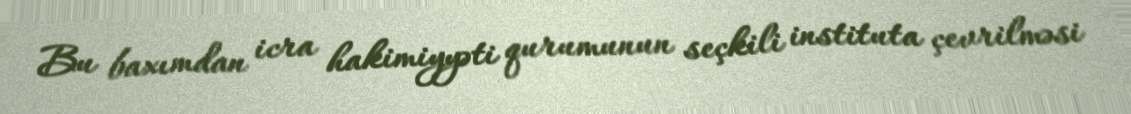
Bu baxımdan icra hakimiyyəti qurumunun seçkili instituta çevrilməsi